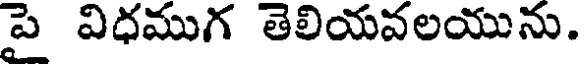
పై విధముగ తెలియవలయును.